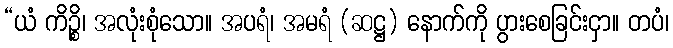
“ယံ ကိဉ္စိ၊ အလုံးစုံသော။ အပရံ၊ အမရံ (ဆဋ္ဌ) နောက်ကို ပွားစေခြင်းငှာ။ တပံ၊